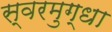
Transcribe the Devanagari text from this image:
स्वरमुग्धा